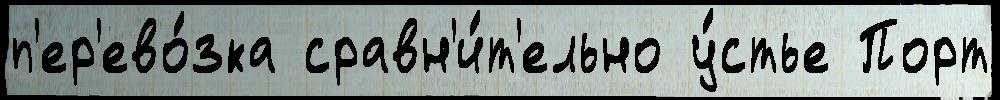
п'ер'ево́зка сравн'и́т'ельно у́стье Порт